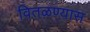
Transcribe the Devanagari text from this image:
वितळण्यास